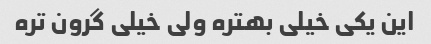
این یکی خیلی بهتره ولی خیلی گرون تره